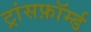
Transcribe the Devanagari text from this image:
ट्रांसफ़ॉर्म्ड